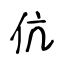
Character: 伉